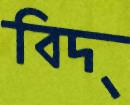
বিদ্